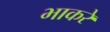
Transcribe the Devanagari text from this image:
भाकरे